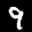
Label: 9